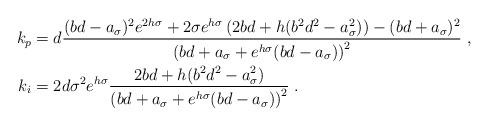
LaTeX: \begin{align*} k_{p} &= d\frac{(bd-a_\sigma)^{2}e^{2h\sigma} + 2\sigma e^{h\sigma}\left(2bd+h(b^2d^2-a_\sigma^2)\right) - (bd+a_\sigma)^{2}} {\left(bd+a_\sigma+e^{h\sigma}(bd-a_\sigma)\right)^{2}} \;, \\ k_{i} &= 2d\sigma^2e^{h\sigma}\frac{2bd+h(b^2d^2-a_\sigma^2)} {\left(bd+a_\sigma+e^{h\sigma}(bd-a_\sigma)\right)^{2}} \;. \end{align*}